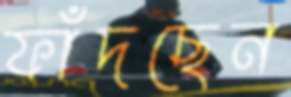
ফাঁদছেন